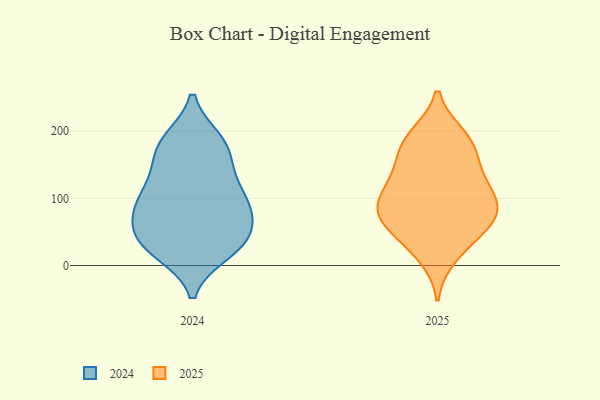
{"axis": {"x": "Customer Acquisition Cost (USD)", "y": "Value"}, "legend": ["2024", "2025"], "data": [{"x": "", "y": 182, "type": "2024"}, {"x": "", "y": 186, "type": "2024"}, {"x": "", "y": 135, "type": "2024"}, {"x": "", "y": 28, "type": "2024"}, {"x": "", "y": 93, "type": "2024"}, {"x": "", "y": 64, "type": "2024"}, {"x": "", "y": 80, "type": "2024"}, {"x": "", "y": 182, "type": "2024"}, {"x": "", "y": 134, "type": "2024"}, {"x": "", "y": 20, "type": "2024"}, {"x": "", "y": 42, "type": "2024"}, {"x": "", "y": 28, "type": "2024"}, {"x": "", "y": 31, "type": "2024"}, {"x": "", "y": 95, "type": "2024"}, {"x": "", "y": 53, "type": "2024"}, {"x": "", "y": 103, "type": "2024"}, {"x": "", "y": 166, "type": "2024"}, {"x": "", "y": 91, "type": "2024"}, {"x": "", "y": 69, "type": "2025"}, {"x": "", "y": 14, "type": "2025"}, {"x": "", "y": 178, "type": "2025"}, {"x": "", "y": 69, "type": "2025"}, {"x": "", "y": 99, "type": "2025"}, {"x": "", "y": 193, "type": "2025"}, {"x": "", "y": 171, "type": "2025"}, {"x": "", "y": 81, "type": "2025"}, {"x": "", "y": 109, "type": "2025"}, {"x": "", "y": 133, "type": "2025"}, {"x": "", "y": 120, "type": "2025"}, {"x": "", "y": 191, "type": "2025"}, {"x": "", "y": 83, "type": "2025"}, {"x": "", "y": 50, "type": "2025"}, {"x": "", "y": 33, "type": "2025"}, {"x": "", "y": 79, "type": "2025"}, {"x": "", "y": 144, "type": "2025"}]}